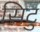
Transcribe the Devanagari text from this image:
सिटु